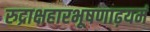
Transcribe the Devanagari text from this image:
रुद्राक्षहारभूषणाढ़यमं